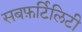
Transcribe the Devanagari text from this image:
सबफ़र्टिलिटी